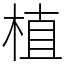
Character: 植